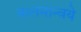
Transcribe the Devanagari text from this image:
कलमान्वये